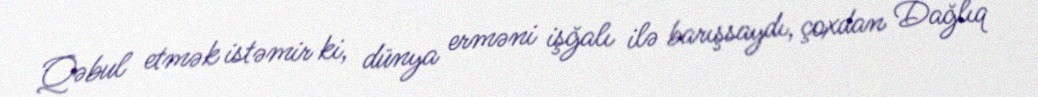
Qəbul etmək istəmir ki, dünya erməni işğalı ilə barışsaydı, çoxdan Dağlıq